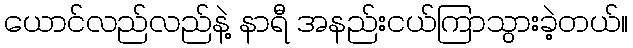
ယောင်လည်လည်နဲ့ နာရီ အနည်းငယ်ကြာသွားခဲ့တယ်။